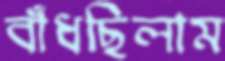
বাঁধছিলাম